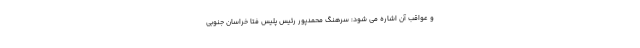
و عواقب آن اشاره می شود: سرهنگ محمدپور رئیس پلیس فتا خراسان جنوبی